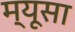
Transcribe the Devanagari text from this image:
म्यूसा